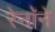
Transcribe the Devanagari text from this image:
रेनॉने